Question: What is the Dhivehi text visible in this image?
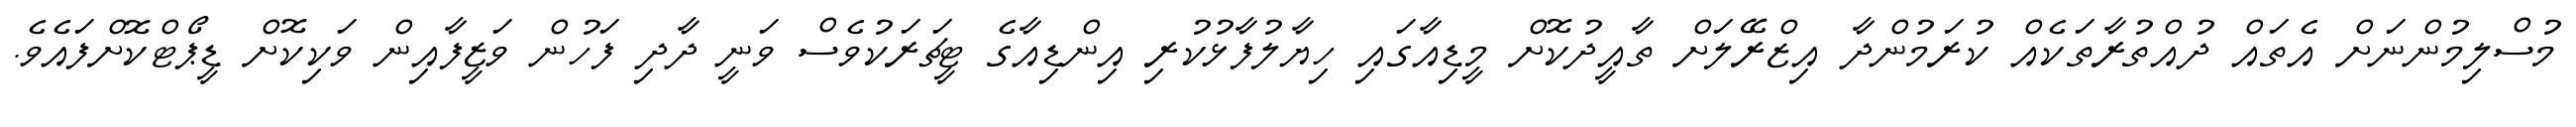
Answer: މުސްލިމުންނަށް އެތައް ދުއްތުރާތަކެއް ކުރަމުންދާ އިޒްރޭލަށް ތާއީދުކޮށް މީޑިއާގައި ހިޔާލުފާޅުކުރި އިންޑިއާގެ ޓީޗަރަކުވެސް ވަނީ ދާދި ފަހުން ވަޒީފާއިން ވަކިކޮށް ޑީޕޯޓްކޮށްފައެވެ.